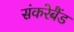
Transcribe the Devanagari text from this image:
संकरेबैंड